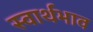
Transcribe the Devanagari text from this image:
स्वार्थभाव